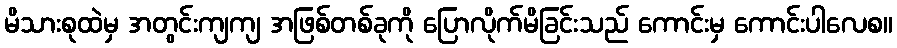
မိသားစုထဲမှ အတွင်းကျကျ အဖြစ်တစ်ခုကို ပြောလိုက်မိခြင်းသည် ကောင်းမှ ကောင်းပါလေစ။